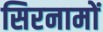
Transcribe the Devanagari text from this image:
सिरनामों